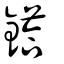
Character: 鎝